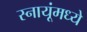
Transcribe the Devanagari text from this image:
स्नायूंमध्ये